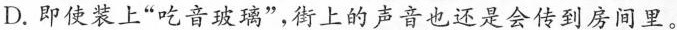
D.即使装上”吃音玻璃”，街上的声音也还是会传到房间里。